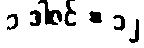
၁ ဒါဇင် = ၁၂